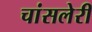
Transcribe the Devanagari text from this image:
चांसलेरी